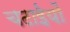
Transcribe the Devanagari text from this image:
चटाईयों